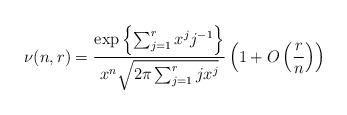
LaTeX: \begin{align*}\nu(n,r)=\frac{\exp\left\{\sum_{j=1}^r {x^j j^{-1}}\right\}}{x^n\sqrt{2\pi \sum_{j=1}^rjx^j}}\left(1+O\left(\frac{r}{n}\right)\right)\end{align*}